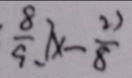
\frac { 5 } { 3 } \times \frac { 8 } { 9 } , 7 x - \frac { 2 2 } { 8 }